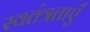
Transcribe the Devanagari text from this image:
स्वतंत्रताएँ